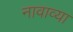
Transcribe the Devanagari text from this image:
नावाव्या